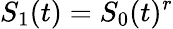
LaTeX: S_{1}(t)=S_{0}(t)^{r}